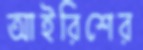
আইরিশের